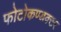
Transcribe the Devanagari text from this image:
फोटोकण्डक्टर